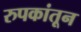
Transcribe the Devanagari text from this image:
रुपकांतून